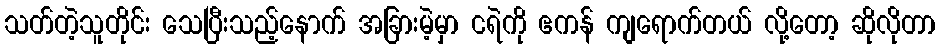
သတ်တဲ့သူတိုင်း သေပြီးသည့်နောက် အခြားမဲ့မှာ ငရဲကို ဧကန် ကျရောက်တယ် လို့တော့ ဆိုလိုတာ